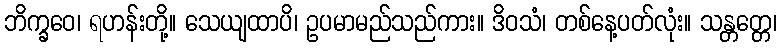
ဘိက္ခဝေ၊ ရဟန်းတို့။ သေယျထာပိ၊ ဥပမာမည်သည်ကား။ ဒိဝသံ၊ တစ်နေ့ပတ်လုံး။ သန္တတ္တေ၊